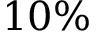
1 0 \%